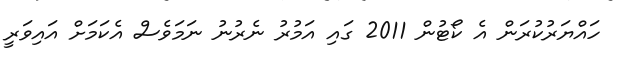
ހައްޔަރުކުރަން އެ ކޯޓުން 2011 ގައި އަމުރު ނެރުނު ނަމަވެސް އެކަމަށް އައިވަރީ